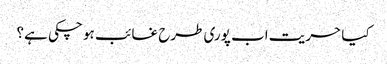
کیا حریت اب پوری طرح غائب ہو چکی ہے؟